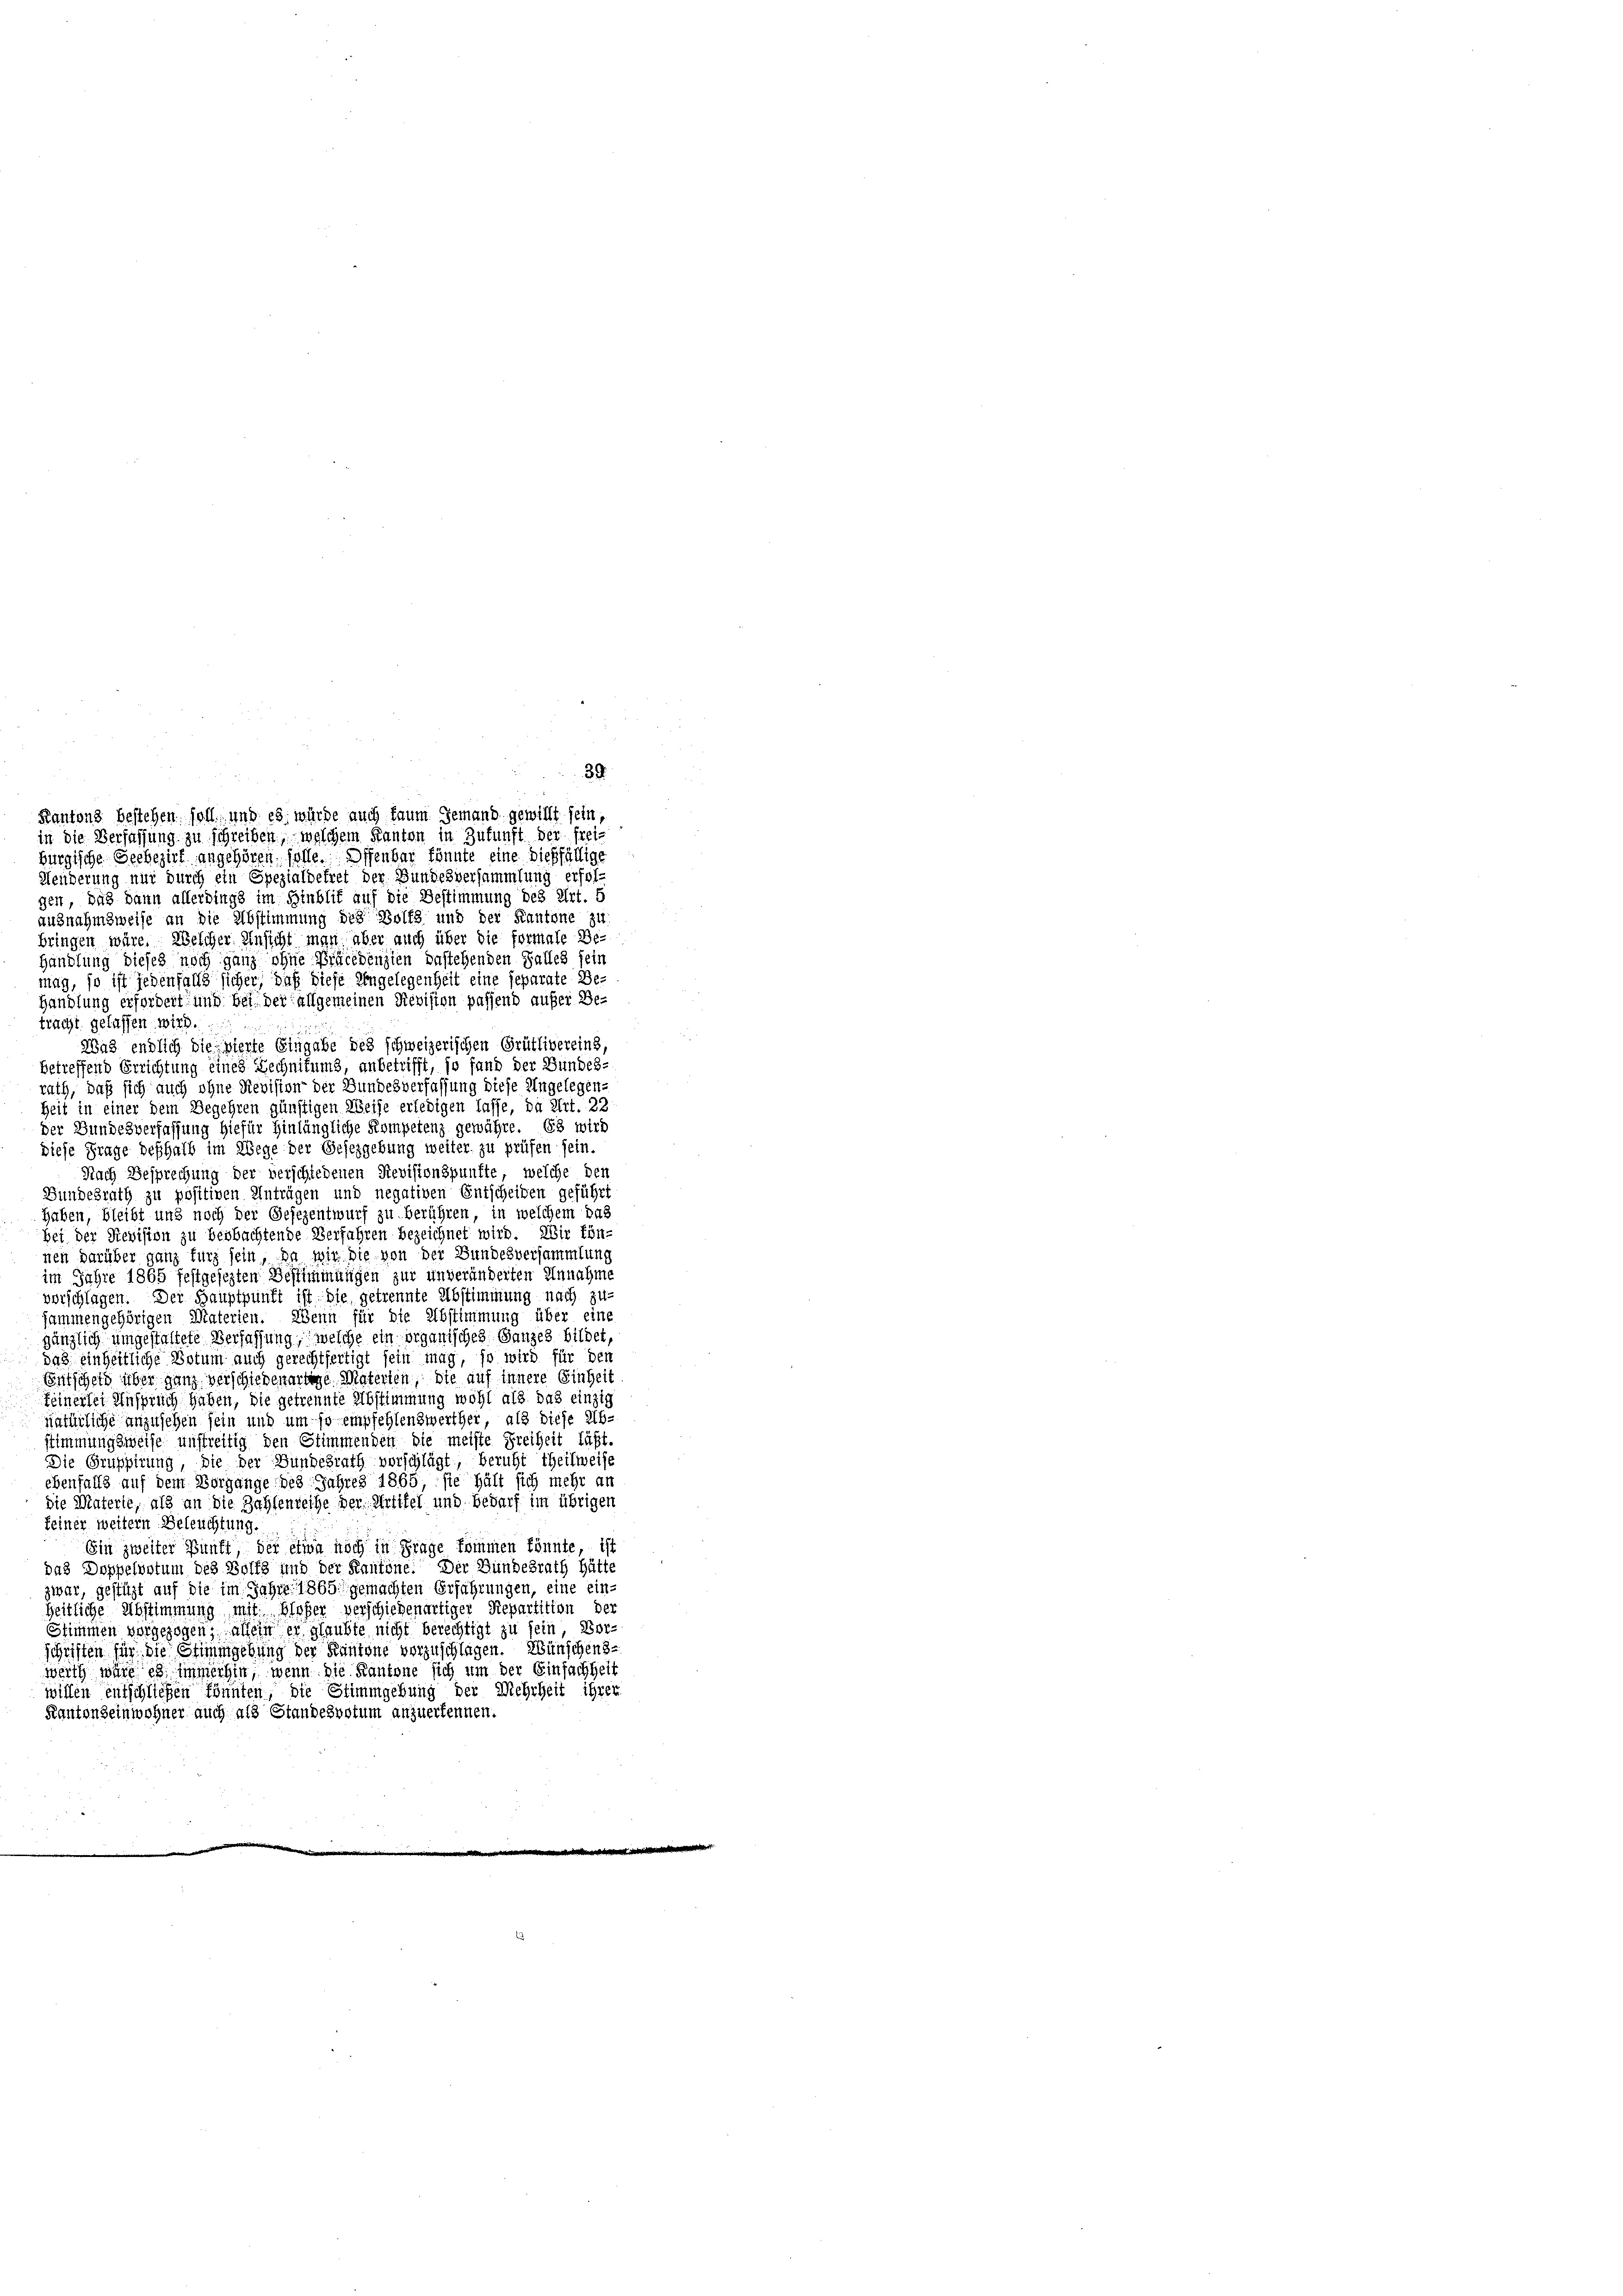
Kantons bestehen soll, und es würde auch kaum jemand gewillt sein,
in die Verfassung zu schreiben, welchem Kanton in Zukunft der frei-
burgische Seebezirk angehören, solle. Offenbar könnte eine dießfällige
Menderung nur durch ein Spezialbetret der Bundesversammlung erfolgen, das dann allerdings im Hinblit auf die Bestimmung des Art. 5
ausnahmsweise an die Abstimmung des Wolfs und der Kantone zu
bringen wäre. Welcher Ansicht man aber auch über die formale Be-
Handlung dieses noch ganz ohne Präcedensten bestehenden Falles fein
mag, so ist jedenfalls sicher, daß diese Eingelegenheit eine separate Be¬
Handlung erfordert und bei der allgemeinen Revision passend aufer Betracht gelassen wird.
Was endlich die vierte Eingabe des schweizerischen Grütlivereins
betreffend Errichtung eines Rechnikums, unbetrifft, so fand der Bundes-
rath, daß sich auch ohne Revision der Bundesverfassung diese Ungelegen-
Zeit in einer dem Begehren günstigen Weise erledigen lasse, da Art. 22
der Bundesverfassung hiefür hinlängliche Kompetenz gewähre. Es wird
diese Frage deßhalb im Wege der Gesezgebung weiter zu prüfen sein.
Nach Besprechung der verschiedenen Revisionspunkte, welche den
Bundesrath zu positiven Anträgen und negativen Entscheiden geführt
haben, bleibt und noch der Gesezentwurf zu berühren, in welchem das
bei der Revision zu beobachtende Verfahren bezeichnet wird. Wir kön-
nen darüber ganz furz sein, da wir die von der Bundesversammlung
im Jahre 1865 festgesezten Bestimmungen zur unveränderten Annahme
vorschlagen. Der Hauptpunft ist die getrennte Abstimmung nach zu-
sammengehörigen Materien. Wenn für die Abstimmung über eine
gänzlich umgestaltete Verfassung, welche ein organisches Ganzes bildet,
das einheitliche Votum auch gerechtfertigt sein mag, so wird für der
Entscheid über ganz verschiedenartige Materien, die auf innere Einheit
keinerlei Anspruch haben, die getrennte Abstimmung wohl als das einzig
natürliche anzusehen sein und um so empfehlenswerther, als diese Ab-
stimmungsweise unstreitig den Stimmenden die meiste Freiheit läßt.
Die Gruppirung, die der Bundesrath vorschlägt, beruht theilweise
ebenfalls auf dem Vorgange des Jahres 1865, sie hält sich mehr an
die Materie, als an die Zahlenreihe der Artikel und Bedarf im übrigen
feiner weitern Beleuchtung.
Ein zweiter Bunft, der etwa noch in Frage kommen könnte, ist
das Doppelvotum des Wolfs und der Kantone. Der Bundesrath Hütte
zwar, gestützt auf die im Jahre 1865 gemachten Erfahrungen, eine einheitliche Abstimmung mit bloßer verschiedenartiger Repartition der
Stimmen vorgezogen, allein er glaubte nicht berechtigt zu sein Vor-
schriften für die Stimmgebung der Kantone vorzuschlagen. Wünschen de
werth wäre es immerhin, wenn die Kantone sich um der Einfachheit
willen entschließen könnten, die Stimmgebung der Mehrheit ihrer
Kantonseinwohner auch als Standesvotum anzuerkennen.